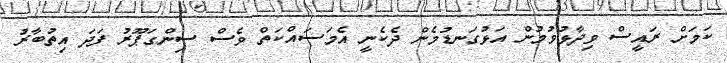
ކަމަށް ރައީސް ވިދާޅުވުމުން އަޅުގަނޑުމެން ދެކެނީ އެމަސައްކަތް ވެސް ސިންގަޕޫރު ފަދަ އިތުބާރު